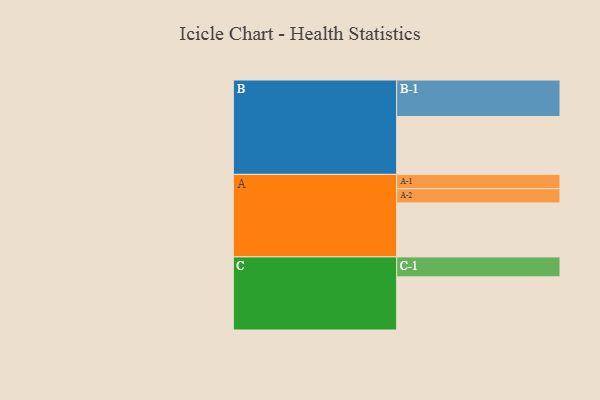
{"axis": {"x": "Segment", "y": "Value"}, "legend": ["", "A", "B", "C"], "data": [{"x": "A", "y": 413, "type": ""}, {"x": "B", "y": 443, "type": ""}, {"x": "C", "y": 407, "type": ""}, {"x": "A-1", "y": 110, "type": "A"}, {"x": "A-2", "y": 109, "type": "A"}, {"x": "B-1", "y": 280, "type": "B"}, {"x": "C-1", "y": 153, "type": "C"}]}